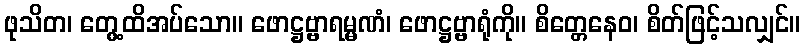
ဖုသိတ၊ တွေ့ထိအပ်သော။ ဖောဋ္ဌဗ္ဗာရမ္မဏံ၊ ဖောဋ္ဌဗ္ဗာရုံကို။ စိတ္တေနေဝ၊ စိတ်ဖြင့်သလျှင်။